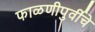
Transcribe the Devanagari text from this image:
फाळणीपुर्वीचे